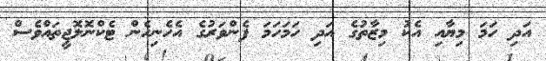
އަދި ހަމަ މިޔާއި އެކު މިޒާތުގެ އަދި ހަމަހަމަ ފެންވަރުގެ އެހެނިހެން ޓެކްނޮލޮޖީތައްވެސް